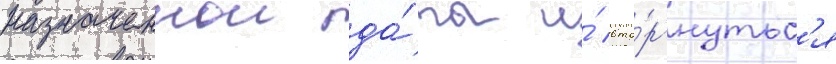
назначеннои да́ты и́ вто́ргнутьс'я